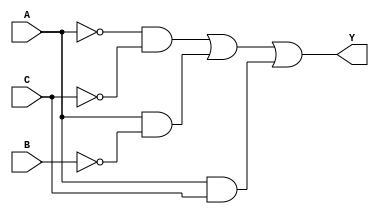
// GATE LEVEL MODEL EJECICIO 1

// Y = (A' * C') + (A * B') + (A * C)

module gateLevel1(input wire A, B, C, output wire Y);

  wire notA, notC, notB, w1, w2, w3;

  not (notA, A);
  not (notB, B);
  not (notC, C);
  and (w1, notA, notC);
  and  (w2, A, notB);
  and (w3, A, C);
  or  (Y, w1, w2, w3);

endmodule

// Y = (B')

module gateLevel2(input wire A, B, C, output wire Y);

  not (Y, B);

endmodule

// Ecuacin tabla 3, ejercicio 1

module gateLevel3(input wire A, B, C, D, output wire Y);

  wire notA, notC, notB, w1, w2, w3;

  not (notA, A);
  not (notB, B);
  not (notC, C);
  not (notD, D);
  and (w1, notA, notB, notC, notD);
  and  (w2, notA, notB, C, D);
  and (w3, notA, B, notC, D);
  and (w4, notA, B, C, notD);
  and (w5, A, notB, notC, D);
  and (w6, A, notB, C, notD);
  and (w7, A, B, notC, notD);
  and (w8, A, B, C, D);
  or  (Y, w1, w2, w3, w4, w5, w6, w7, w8);

endmodule

// Y = (A * D') + (B * D) + (A * C)

module gateLevel4(input wire A, B, C, D, output wire Y);

  wire notD, w1, w2, w3;

  not (notD, D);
  and (w1, A, notD);
  and  (w2, B, D);
  and (w3, A, C);
  or  (Y, w1, w2, w3);

endmodule


// BEHAVIORAL MODELING EJERCICIO 2

// Y = (B' * C' * D') + (A * C') + (A * D') + (A * B')

module operadores1(input wire A, B, C, D, output wire Y);

  assign Y = (~B & ~C & ~D) | (A & ~C) | (A & ~D) | (A & ~B);

endmodule

// Y = (B' + C)

module operadores2(input wire A, B, C, output wire Y);

  assign Y = (~B  | C);

endmodule

// Y = B + (C' * D) + (A * D)

module operadores3(input wire A, B, C, D, output wire Y);

  assign Y = B | (~C & D) | (A & D);

endmodule

// Y = B + (A' * C')

module operadores4(input wire A, B, C, output wire Y);

  assign Y = B | (~A & ~C);

endmodule